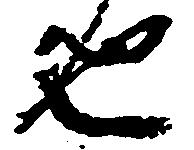
也